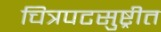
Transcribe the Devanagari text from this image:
चित्रपटसुष्ट्रीत